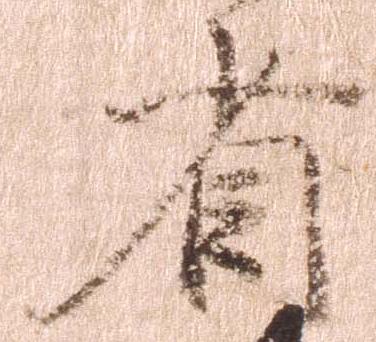
省